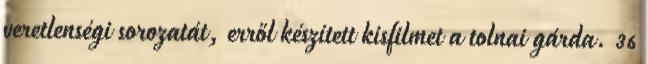
veretlenségi sorozatát, erről készített kisfilmet a tolnai gárda. 36